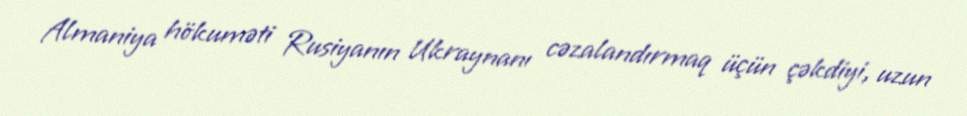
Almaniya hökuməti Rusiyanın Ukraynanı cəzalandırmaq üçün çəkdiyi, uzun